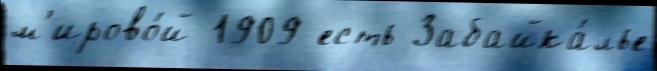
м'ирово́й 1909 есть Забайка́лье